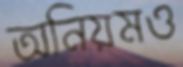
অনিয়মও